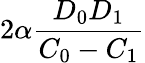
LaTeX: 2\alpha\frac{D_{0}D_{1}}{C_{0}-C_{1}}